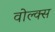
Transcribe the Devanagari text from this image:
वोल्क्स